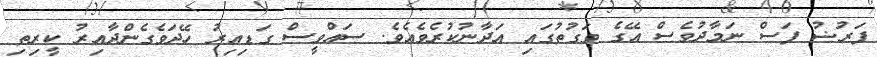
ފަރުޟު ފަސް ނަމާދުވެސް އޭގެ ވަގުތުގައި އަދާނުކުރެވެއެވެ. ސައްވީސް ގަޑިއިރު ހޭދަވެގެންދާއިރު ކީރިތި